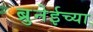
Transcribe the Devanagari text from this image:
ब्रुनेईच्या